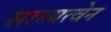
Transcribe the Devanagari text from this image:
साध्यत्वेन